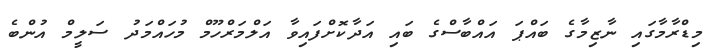
މިޑްރާމާގައި ނާޒިމާގެ ބައްޕަ އައްބާސްގެ ބައި އަދާކޮށްފައިވާ އަލްމަރްހޫމް މުހައްމަދު ސަލީމް އުންބެ